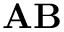
\mathbf { A B }